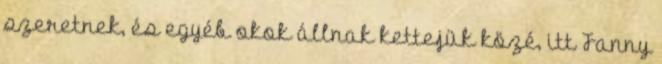
szeretnek, és egyéb okok állnak kettejük közé, itt Fanny